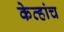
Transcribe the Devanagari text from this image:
केव्हांच